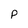
Character: P